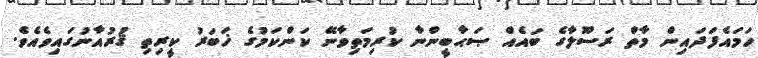
ހަމައެފަދައިން މާތް ރަސޫލާގެ ބައެއް ޞަޙާބީންނާ ކުރިމަތިވާނޭ ކަންކަމުގެ ޚަބަރު ކީރިތި ޤުރުއާނުގައިވެއެވެ.